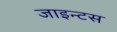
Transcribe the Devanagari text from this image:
जाइन्टस